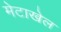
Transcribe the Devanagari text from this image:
मेटाखेल